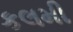
કલમી